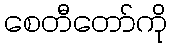
စေတီတော်ကို